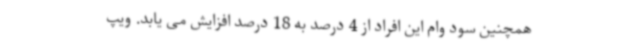
همچنین سود وام این افراد از 4 درصد به 18 درصد افزایش می یابد. ویپ